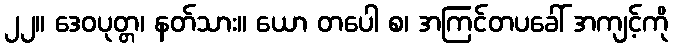
၂၂။ ဒေဝပုတ္တ၊ နတ်သား။ ယော တပေါ စ၊ အကြင်တပခေါ် အကျင့်ကို